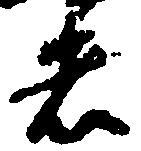
者